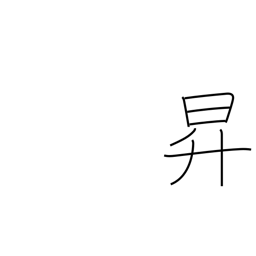
Meaning: rise up